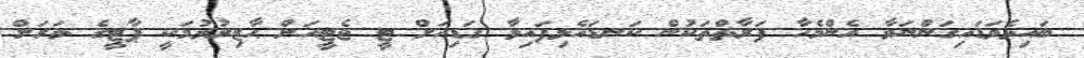
ބައިވެވަޑައިގަންނަވާ އެންމެހާ ފަރާތްތަކުން ކަނޑައެޅިފައިވާ ގަޑިއަށް ޓީ ޖެޓީއަށް ޙާޒިރުވުމަކީ ޕާޓީގެ ވަރަށް